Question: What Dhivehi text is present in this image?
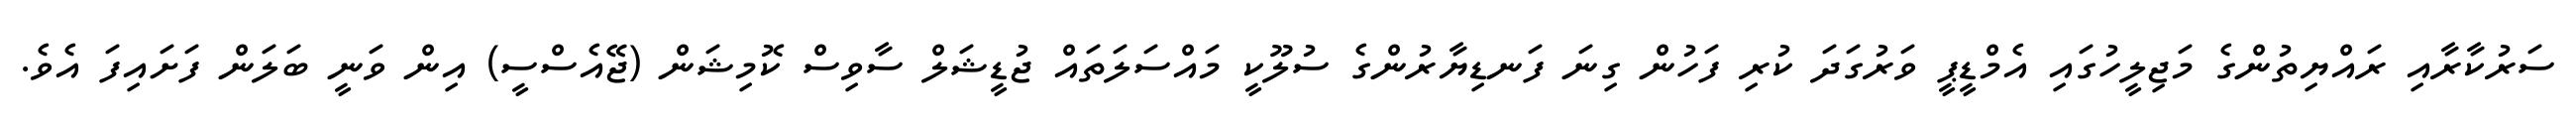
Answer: ސަރުކާރާއި ރައްޔިތުންގެ މަޖިލީހުގައި އެމްޑީޕީ ވަރުގަދަ ކުރި ފަހުން ގިނަ ފަނޑިޔާރުންގެ ސުލޫކީ މައްސަލަތައް ޖުޑީޝަލް ސާވިސް ކޮމިޝަން (ޖޭއެސްސީ) އިން ވަނީ ބަލަން ފަށައިފަ އެވެ.